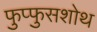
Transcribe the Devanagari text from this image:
फुप्फुसशोथ